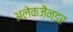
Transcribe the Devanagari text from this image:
अलेकज़ैन्डर